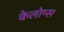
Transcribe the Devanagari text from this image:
केलोग्स